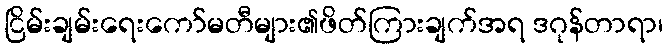
ငြိမ်းချမ်းရေးကော်မတီများ၏ဖိတ်ကြားချက်အရ ဒဂုန်တာရာ၊